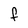
Character: F